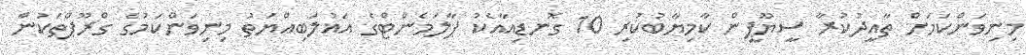
މިނިވަންކަމަށް ތާއީދުކުރާ ސީޔޫޕީން ކާމިޔާބުކުރި 10 ގޮނޑިއާއެކު ޕާލަމެންޓްގެ އަޣުލަބިއްޔަތު މިނިވަންކަމުގެ ގްރޫޕްތަކުން